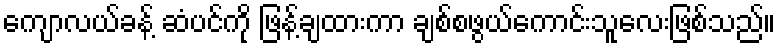
ကျောလယ်ခန့် ဆံပင်ကို ဖြန့်ချထားကာ ချစ်စဖွယ်ကောင်းသူလေးဖြစ်သည်။